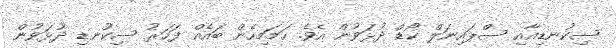
ސިކުނޑިއާއި ސްޕައިނަލް ކޯޑް ދުޅަވުން އެވެ. ހަމަމިހެން ބައެއް ފަހަރު ސިކުނޑި ދުޅަވުން